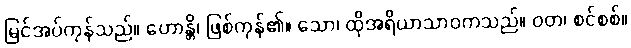
မြင်အပ်ကုန်သည်။ ဟောန္တိ၊ ဖြစ်ကုန်၏။ သော၊ ထိုအရိယာသာဝကသည်။ ဝတ၊ စင်စစ်။